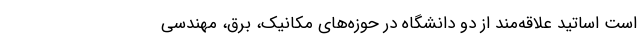
است اساتید علاقه‌مند از دو دانشگاه در حوزه‌های مکانیک، برق، مهندسی